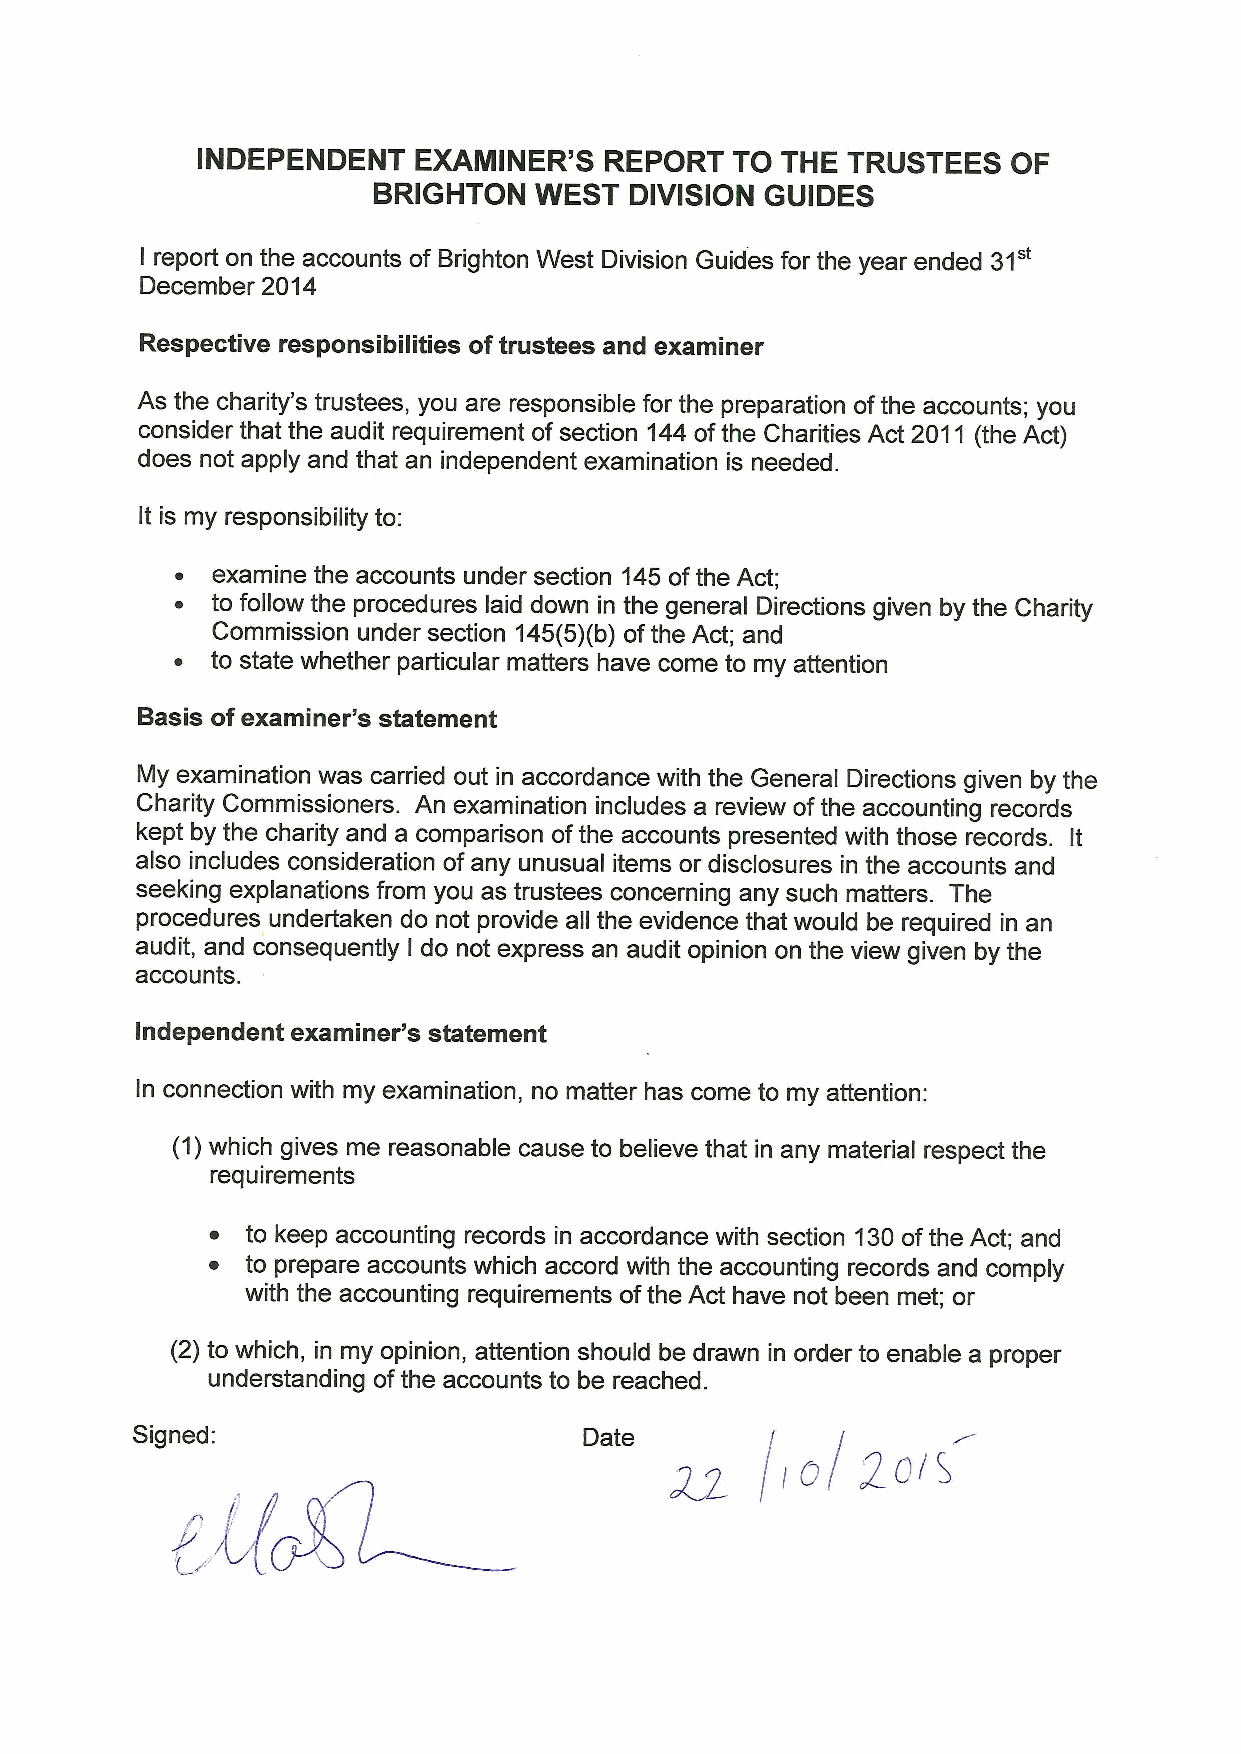
INDEPENDENT   EXAMINER'S   REPORT  TO  THE TRUSTEES   OF
 BRIGHTON  WEST   DIVISION GUIDES
 31"
 I report on the accounts of Brighton West Division Guides for the year ended
 December 2014
 Respective responsibilities oftrustees and examiner
 As the charity's trustees, you are responsible for the preparation ofthe accounts; you
 consider that the audit requirement of section 144 ofthe Charities Act 2011 (the Act)
 does not apply and that an independent examination is needed.
 It is my responsibility to:
 ~ examine the accounts under section 145ofthe Act;
 ~ to follow the procedures laid down in the general Directions given by the Charity
 Commission under section 145(5)(b) ofthe Act; and
 ~ to state whether particular matters have come to my attention
 Basis ofexaminer's statement
 My examination was carried out in accordance with the General Directions given by the
 Charity Commissioners. An examination includes a review ofthe accounting records
 kept by the charity and a comparison ofthe accounts presented with those records. It
 also includes consideration ofany unusual items or disclosures in the accounts and
 seeking explanations from you as trustees concerning any such matters. The
 procedures undertaken do not provide all the evidence that would be required in an
 audit, and consequently I do not express an audit opinion on the view given by the
 accounts.
 Independent examiner's statement
 In connection with my examination, no matter has come to my attention:
 (1)which gives me reasonable cause to believe that in any material respect the
 requirements
 ~ to keep accounting records in accordance with section 130ofthe Act; and
 ~ to prepare accounts which accord with the accounting records and comply
 with the accounting requirements ofthe Act have not been met; or
 (2) to which, in my opinion, attention should be drawn in order to enable a proper
 understanding ofthe accounts to be reached.
 Signed: